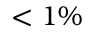
< 1 \%